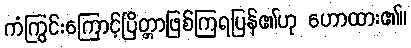
ကံကြွင်းကြောင့်ပြိတ္တာဖြစ်ကြရပြန်၏ဟု ဟောထား၏။